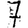
Digit: 7